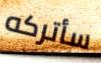
سأتركه